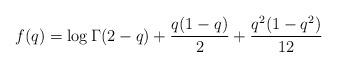
LaTeX: \begin{align*}f(q) = \log\Gamma(2-q) + \frac{q(1-q)}{2} + \frac{q^2(1-q^2)}{12}\end{align*}